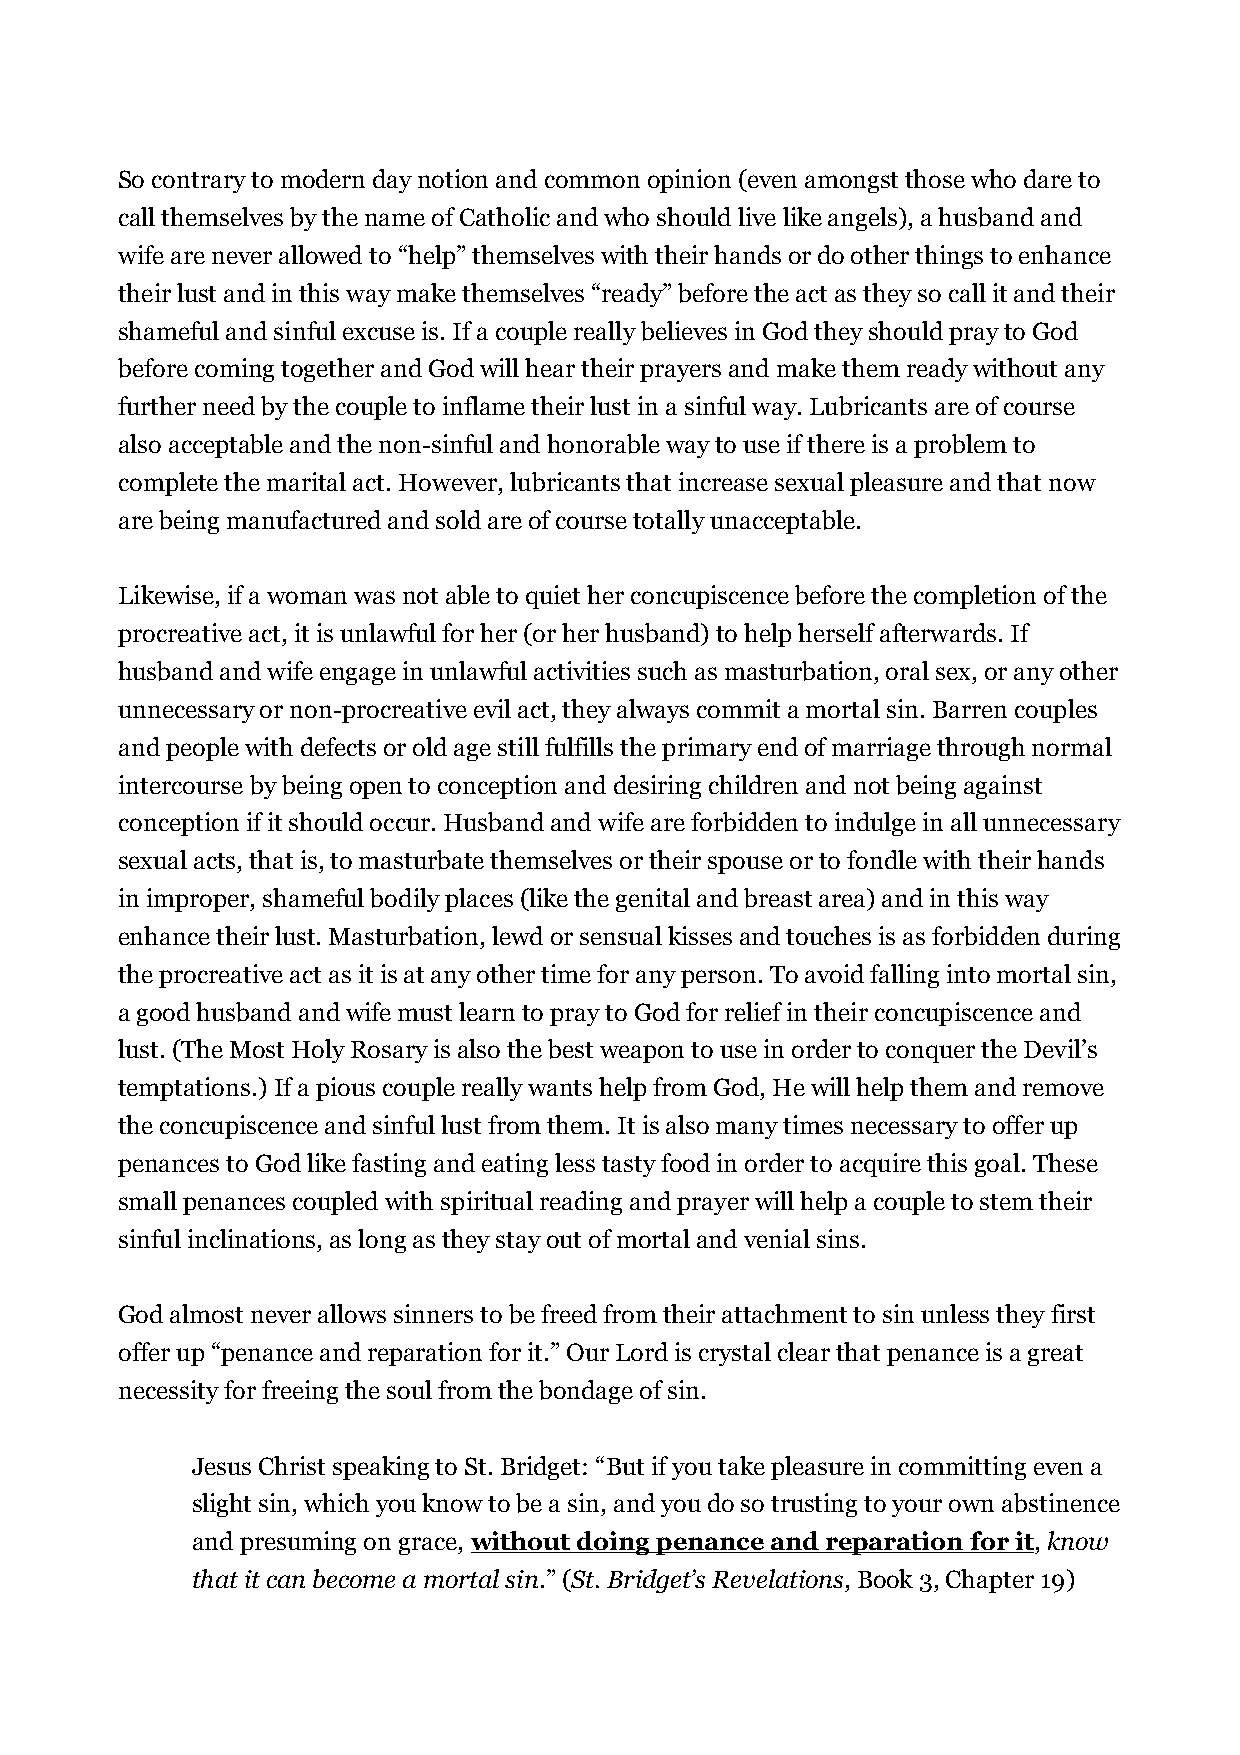
So contrary to modern day notion and common opinion (even amongst those who dare to
 call themselves by the name of Catholic and who should live like angels), a husband and
 wife are never allowed to “help” themselves with their hands or do other things to enhance
 their lust and in this way make themselves “ready” before the act as they so call it and their
 shameful and sinful excuse is. If a couple really believes in God they should pray to God
 before coming together and God will hear their prayers and make them ready without any
 further need by the couple to inflame their lust in a sinful way. Lubricants are of course
 also acceptable and the non-sinful and honorable way to use if there is a problem to
 complete the marital act. However, lubricants that increase sexual pleasure and that now
 are being manufactured and sold are of course totally unacceptable.
 Likewise, if a woman was not able to quiet her concupiscence before the completion of the
 procreative act, it is unlawful for her (or her husband) to help herself afterwards. If
 husband and wife engage in unlawful activities such as masturbation, oral sex, or any other
 unnecessary or non-procreative evil act, they always commit a mortal sin. Barren couples
 and people with defects or old age still fulfills the primary end of marriage through normal
 intercourse by being open to conception and desiring children and not being against
 conception if it should occur. Husband and wife are forbidden to indulge in all unnecessary
 sexual acts, that is, to masturbate themselves or their spouse or to fondle with their hands
 in improper, shameful bodily places (like the genital and breast area) and in this way
 enhance their lust. Masturbation, lewd or sensual kisses and touches is as forbidden during
 the procreative act as it is at any other time for any person. To avoid falling into mortal sin,
 a good husband and wife must learn to pray to God for relief in their concupiscence and
 lust. (The Most Holy Rosary is also the best weapon to use in order to conquer the Devil’s
 temptations.) If a pious couple really wants help from God, He will help them and remove
 the concupiscence and sinful lust from them. It is also many times necessary to offer up
 penances to God like fasting and eating less tasty food in order to acquire this goal. These
 small penances coupled with spiritual reading and prayer will help a couple to stem their
 sinful inclinations, as long as they stay out of mortal and venial sins.
 God almost never allows sinners to be freed from their attachment to sin unless they first
 offer up “penance and reparation for it.” Our Lord is crystal clear that penance is a great
 necessity for freeing the soul from the bondage of sin.
 Jesus Christ speaking to St. Bridget: “But if you take pleasure in committing even a
 slight sin, which you know to be a sin, and you do so trusting to your own abstinence
 and presuming on grace, without doing penance and reparation for it, know
 that it can become a mortal sin.” (St. Bridget’s Revelations, Book 3, Chapter 19)